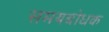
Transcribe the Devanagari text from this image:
समयबोधक